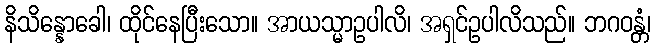
နိသိန္နောခေါ၊ ထိုင်နေပြီးသော။ အာယသ္မာဥပါလိ၊ အရှင်ဥပါလိသည်။ ဘဂဝန္တံ၊